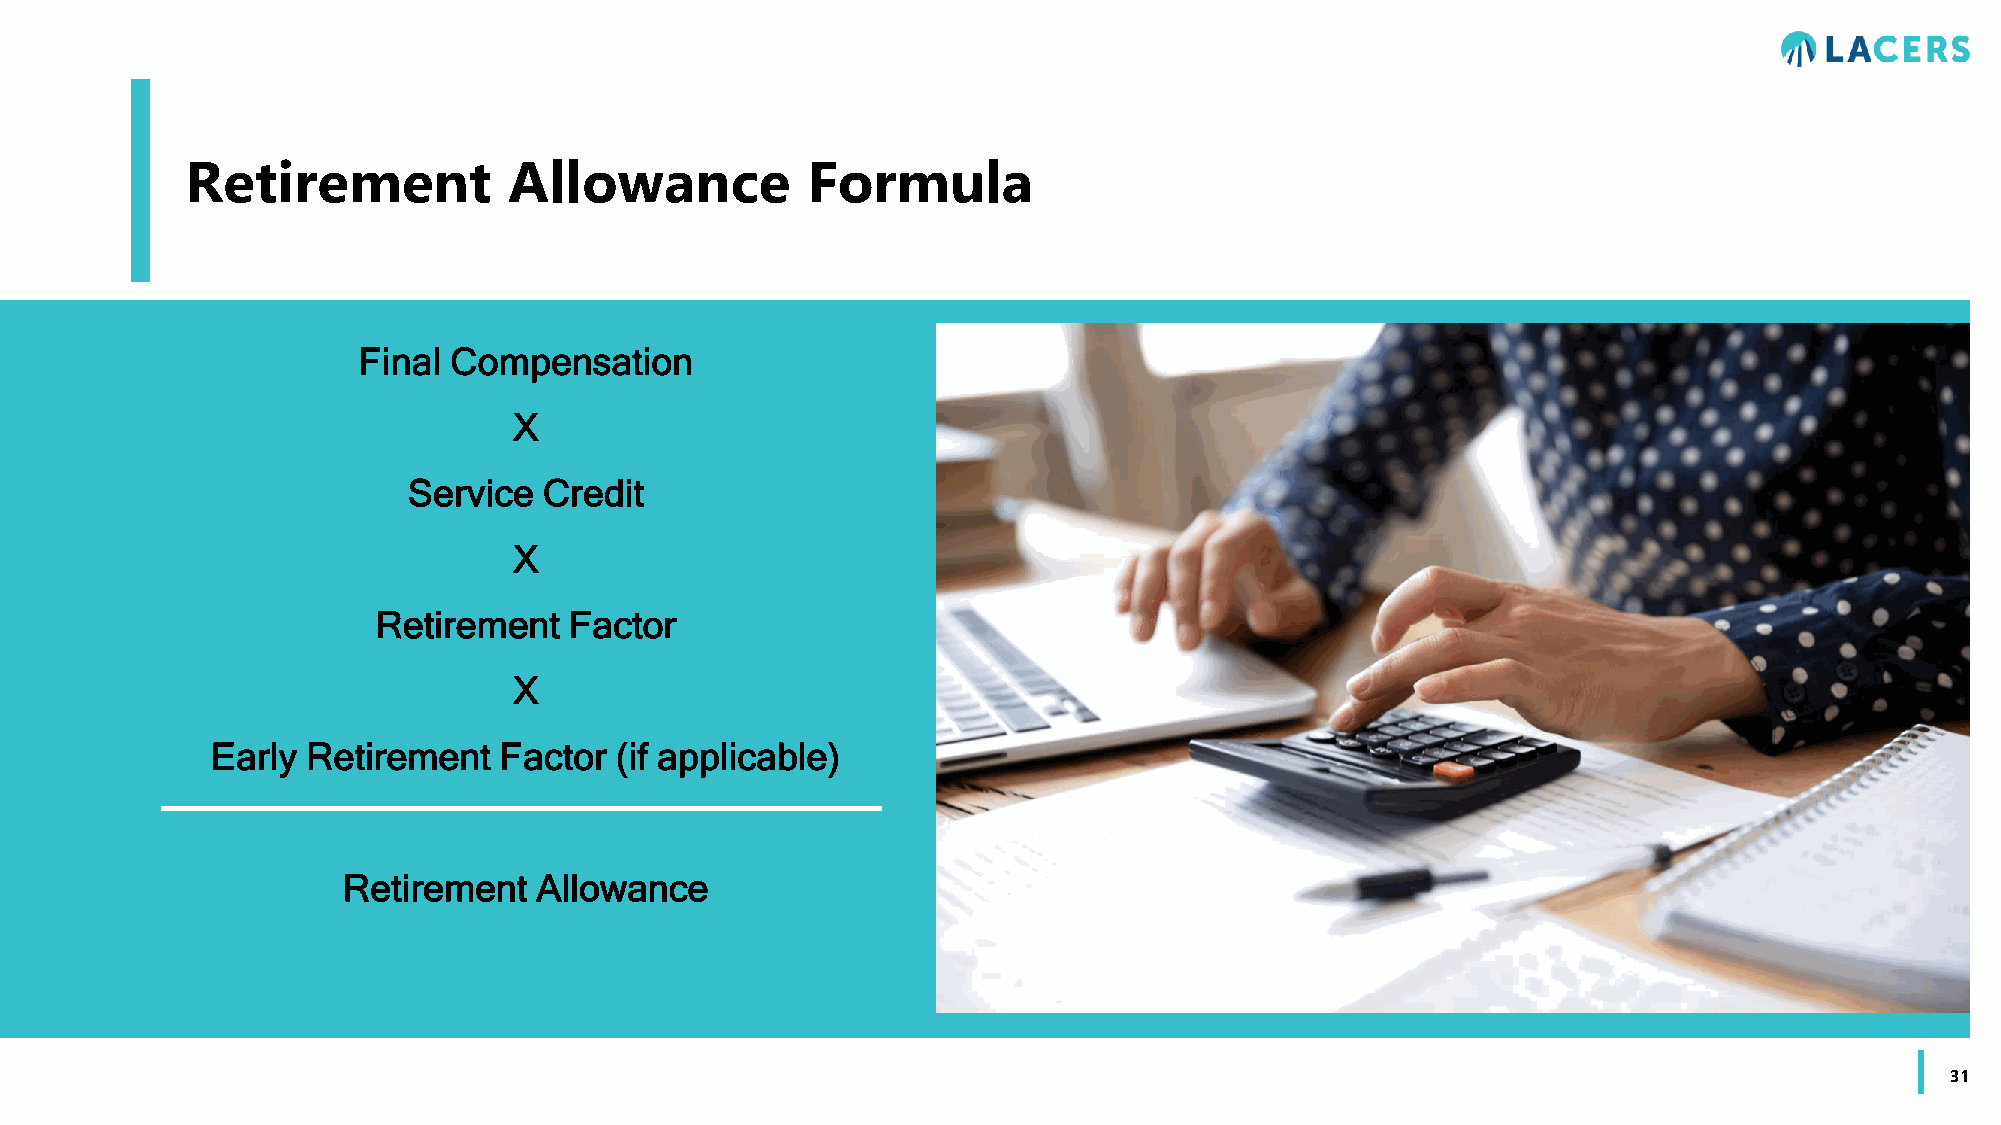
Retirement            Allowance          Formula
 Final Compensation
 X
 Service  Credit
 X
 Retirement   Factor
 X
 Early Retirement   Factor  (if applicable)
 Retirement  Allowance
 31